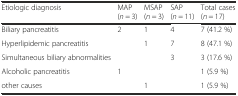
<table><thead><tr><td><b>Etiologic diagnosis</b></td><td><b>MAP (<i>n</i> = 3)</b></td><td><b>MSAP (<i>n</i> = 3)</b></td><td><b>SAP (<i>n</i> = 11)</b></td><td><b>Total cases (<i>n</i> = 17)</b></td></tr></thead><tbody><tr><td>Biliary pancreatitis</td><td>2</td><td>1</td><td>4</td><td>7 (41.2 %)</td></tr><tr><td>Hyperlipidemic pancreatitis</td><td></td><td>1</td><td>7</td><td>8 (47.1 %)</td></tr><tr><td>Simultaneous biliary abnormalities</td><td></td><td></td><td>3</td><td>3 (17.6 %)</td></tr><tr><td>Alcoholic pancreatitis</td><td>1</td><td></td><td></td><td>1 (5.9 %)</td></tr><tr><td>other causes</td><td></td><td>1</td><td></td><td>1 (5.9 %)</td></tr></tbody></table>